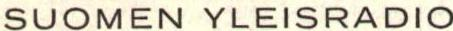
SUOMEN YLEISRADIO